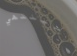
سينتهي